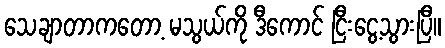
သေချာတာကတော့ မသွယ်ကို ဒီကောင် ငြီးငွေ့သွားပြီ။